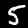
Digit: 5